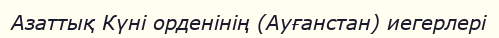
Азаттық Күні орденінің (Ауғанстан) иегерлері